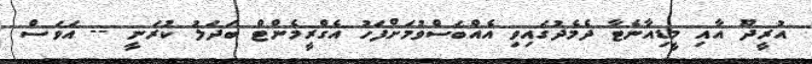
އުރީދޫ އާއި މީޑިއާނެޓާ ދެމެދުގައިވި އެއްބަސްވުމަށްފަހު އެގްރީމެންޓް ބަދަލު ކުރަނީ -- އަވަސް